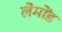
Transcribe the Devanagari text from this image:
लेमोंड